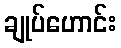
ချုပ်ဟောင်း